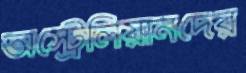
অস্ট্রেলিয়ানদের